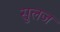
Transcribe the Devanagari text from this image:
सुलज